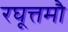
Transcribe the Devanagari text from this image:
रघूत्तमौ